Leaving Certificate Examination (including Day School Certificate (Higher) General paper), 1939
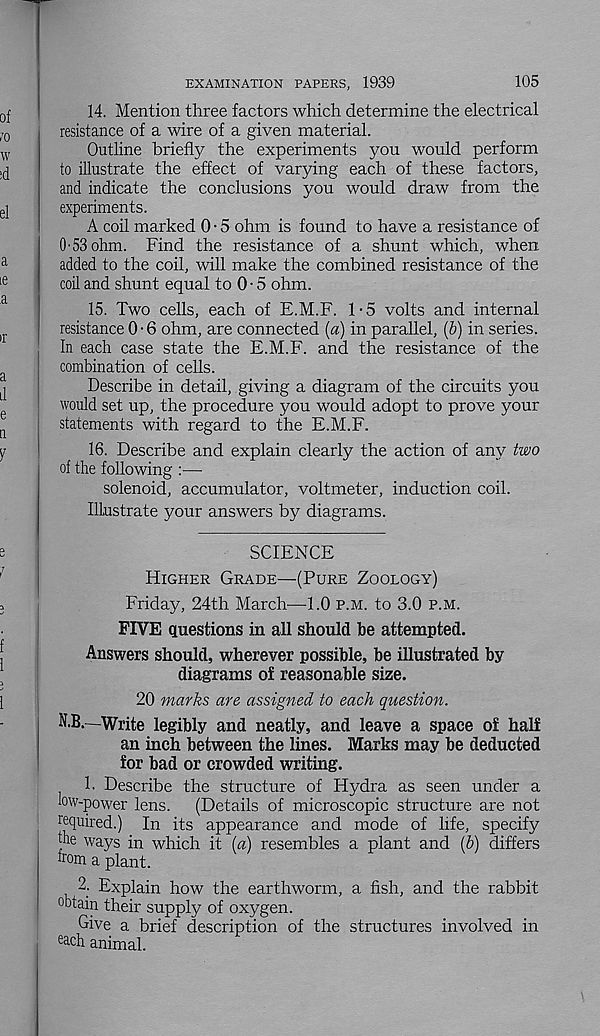
EXAMINATION PAPERS, 1939
105
14. Mention three factors which determine the electrical
resistance of a wire of a given material.
Outline briefly the experiments you would perform
to illustrate the effect of varying each of these factors,
and indicate the conclusions you would draw from the
experiments.
A coil marked 0 • 5 ohm is found to have a resistance of
O'53 ohm. Find the resistance of a shunt which, when
added to the coil, will make the combined resistance of the
coil and shunt equal to 0 - 5 ohm.
15. Two cells, each of E.M.F. 1-5 volts and internal
resistance 0 • 6 ohm, are connected (a) in parallel, (6) in series.
In each case state the E.M.F. and the resistance of the
combination of cells.
Describe in detail, giving a diagram of the circuits you
would set up, the procedure you would adopt to prove your
statements with regard to the E.M.F.
16. Describe and explain clearly the action of any two
of the following :—■
solenoid, accumulator, voltmeter, induction coil.
Illustrate your answers by diagrams.
SCIENCE
Higher Grade—(Pure Zoology)
Friday, 24th March—1.0 p.m. to 3.0 p.m.
FIVE questions in all should be attempted.
Answers should, wherever possible, be illustrated by
diagrams of reasonable size.
20 marks are assigned to each question.
N.B.—Write legibly and neatly, and leave a space of half
an inch between the lines. Marks may be deducted
for bad or crowded writing.
1. Describe the structure of Hydra as seen under a
kw-power lens.
(Details of microscopic structure are not
required.) In its appearance and mode of life, specify
|he ways in which it [a) resembles a plant and (b) differs
from a plant.
2- Explain how the earthworm, a fish, and the rabbit
obtain their supply of oxygen.
Give a brief description of the structures involved in
e^c h animal.